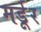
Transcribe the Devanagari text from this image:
मर्डूर